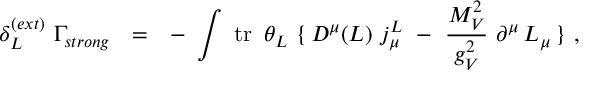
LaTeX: \delta _ { L } ^ { ( e x t ) } \, \, \Gamma _ { s t r o n g } \ \ = \ \ - \, \, \int \, \, \mathrm { t r } \, \, \, \theta _ { L } \, \, \{ \, D ^ { \mu } ( { \cal L } ) \, \, j _ { \mu } ^ { L } \ - \ \frac { M _ { V } ^ { 2 } } { g _ { V } ^ { 2 } } \, \, \partial ^ { \mu } \, { \cal L } _ { \mu } \, \} \, \, ,